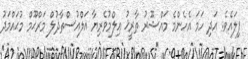
ފިލައެވެ. އަދި ހަމަ އެހެންމެ މައްޝޫރު ތާރީޚު ޢިލްމުވެރިޔާ އަލްއުސްތާޛުލް މަރްޙޫމް މުޙައްމަދު